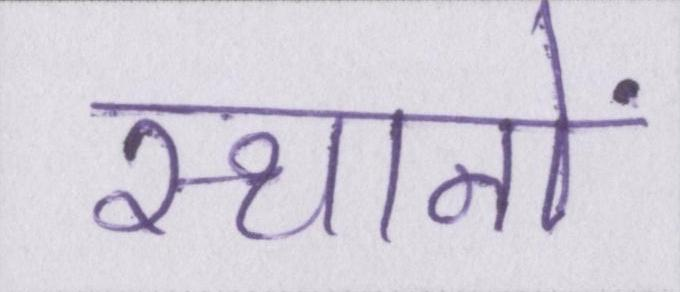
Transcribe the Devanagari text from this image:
स्थानों